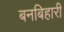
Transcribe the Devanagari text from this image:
बनबिहारी